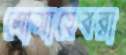
মোসাহেবরা